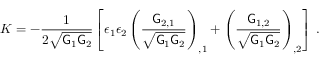
K = - \frac { 1 } { 2 \sqrt { \mathsf { G } _ { 1 } \mathsf { G } _ { 2 } } } \left[ \epsilon _ { 1 } \epsilon _ { 2 } \left( \frac { \mathsf { G } _ { 2 , 1 } } { \sqrt { \mathsf { G } _ { 1 } \mathsf { G } _ { 2 } } } \right) _ { , 1 } + \left( \frac { \mathsf { G } _ { 1 , 2 } } { \sqrt { \mathsf { G } _ { 1 } \mathsf { G } _ { 2 } } } \right) _ { , 2 } \right] \, .